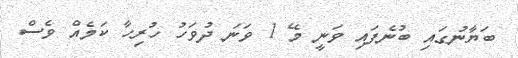
ބަޔާނުގައި ބުނެފައި ވަނީ މޭ 1 ވަނަ ދުވަހު ހުރިހާ ކަމެއް ވެސް